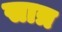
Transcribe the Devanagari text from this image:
सात्र